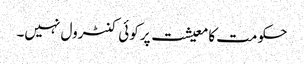
حکومت کا معیشت پر کوئی کنٹرول نہیں۔